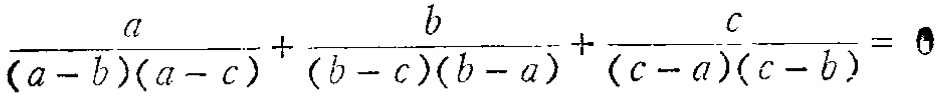
\frac{a}{(a - b)(a - c)} + \frac{b}{(b - c)(b - a)} + \frac{c}{(c - a)(c - b)} = 0